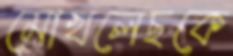
মোখলেছকে